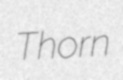
Thorn